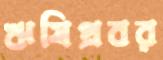
ঋষিপ্রবর